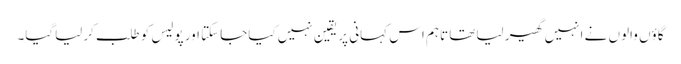
گاؤں والوں نے انہیں گھیر لیاتھا تاہم اس کہانی پر یقین نہیں کیاجاسکتا اور پولیس کو طلب کرلیاگیا۔